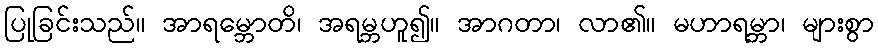
ပြုခြင်းသည်။ အာရမ္ဘောတိ၊ အရမ္ဘဟူ၍။ အာဂတာ၊ လာ၏။ မဟာရမ္ဘာ၊ များစွာ